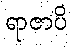
ရာဇာပိ